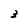
Character: 3